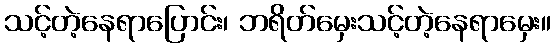
သင့်တဲ့နေရာပြောင်း၊ ဘရိတ်မှေးသင့်တဲ့နေရာမှေး။